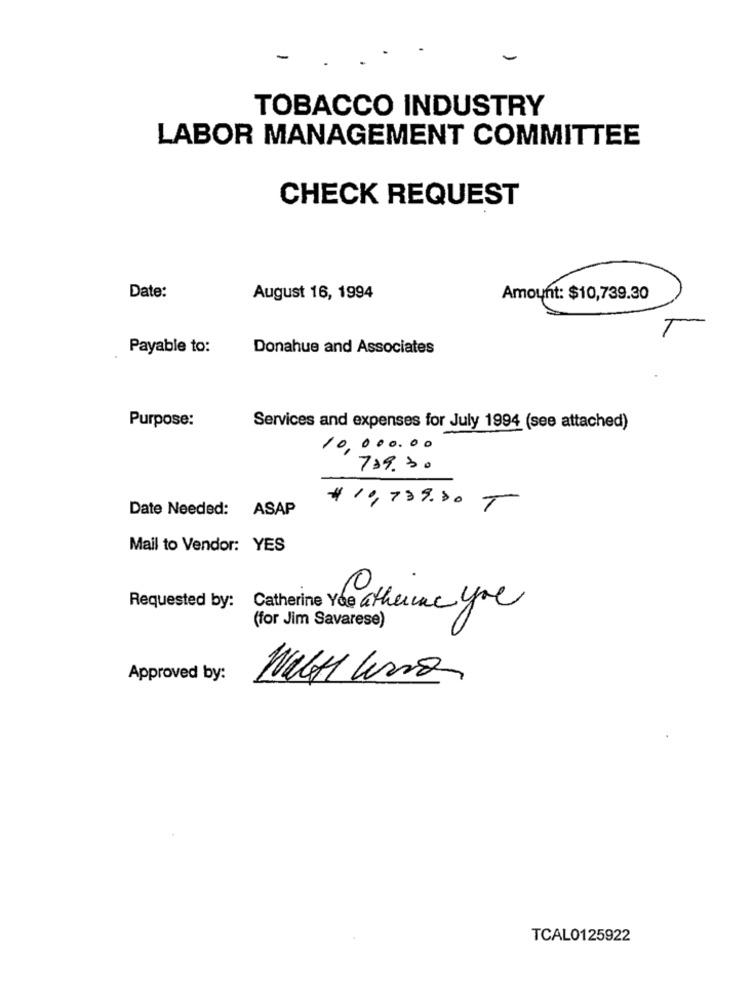
-
TOBACCO INDUSTRY
LABOR MANAGEMENT COMMITTEE
CHECK REQUEST
Date:
August 16, 1994
Amount: $10,739.30
Payable to:
Donahue and Associates
Purpose:
Services and expenses for July 1994 (see attached)
10,000.00
739.30
Date Needed: ASAP
$ 10,739.80 T
Mail to Vendor: YES
0
Requested by: Catherine You atherine you
(for Jim Savarese)
Approved by:
TCAL0125922